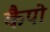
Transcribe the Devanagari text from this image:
कैपो